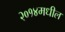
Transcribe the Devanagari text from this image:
२०१४मधील